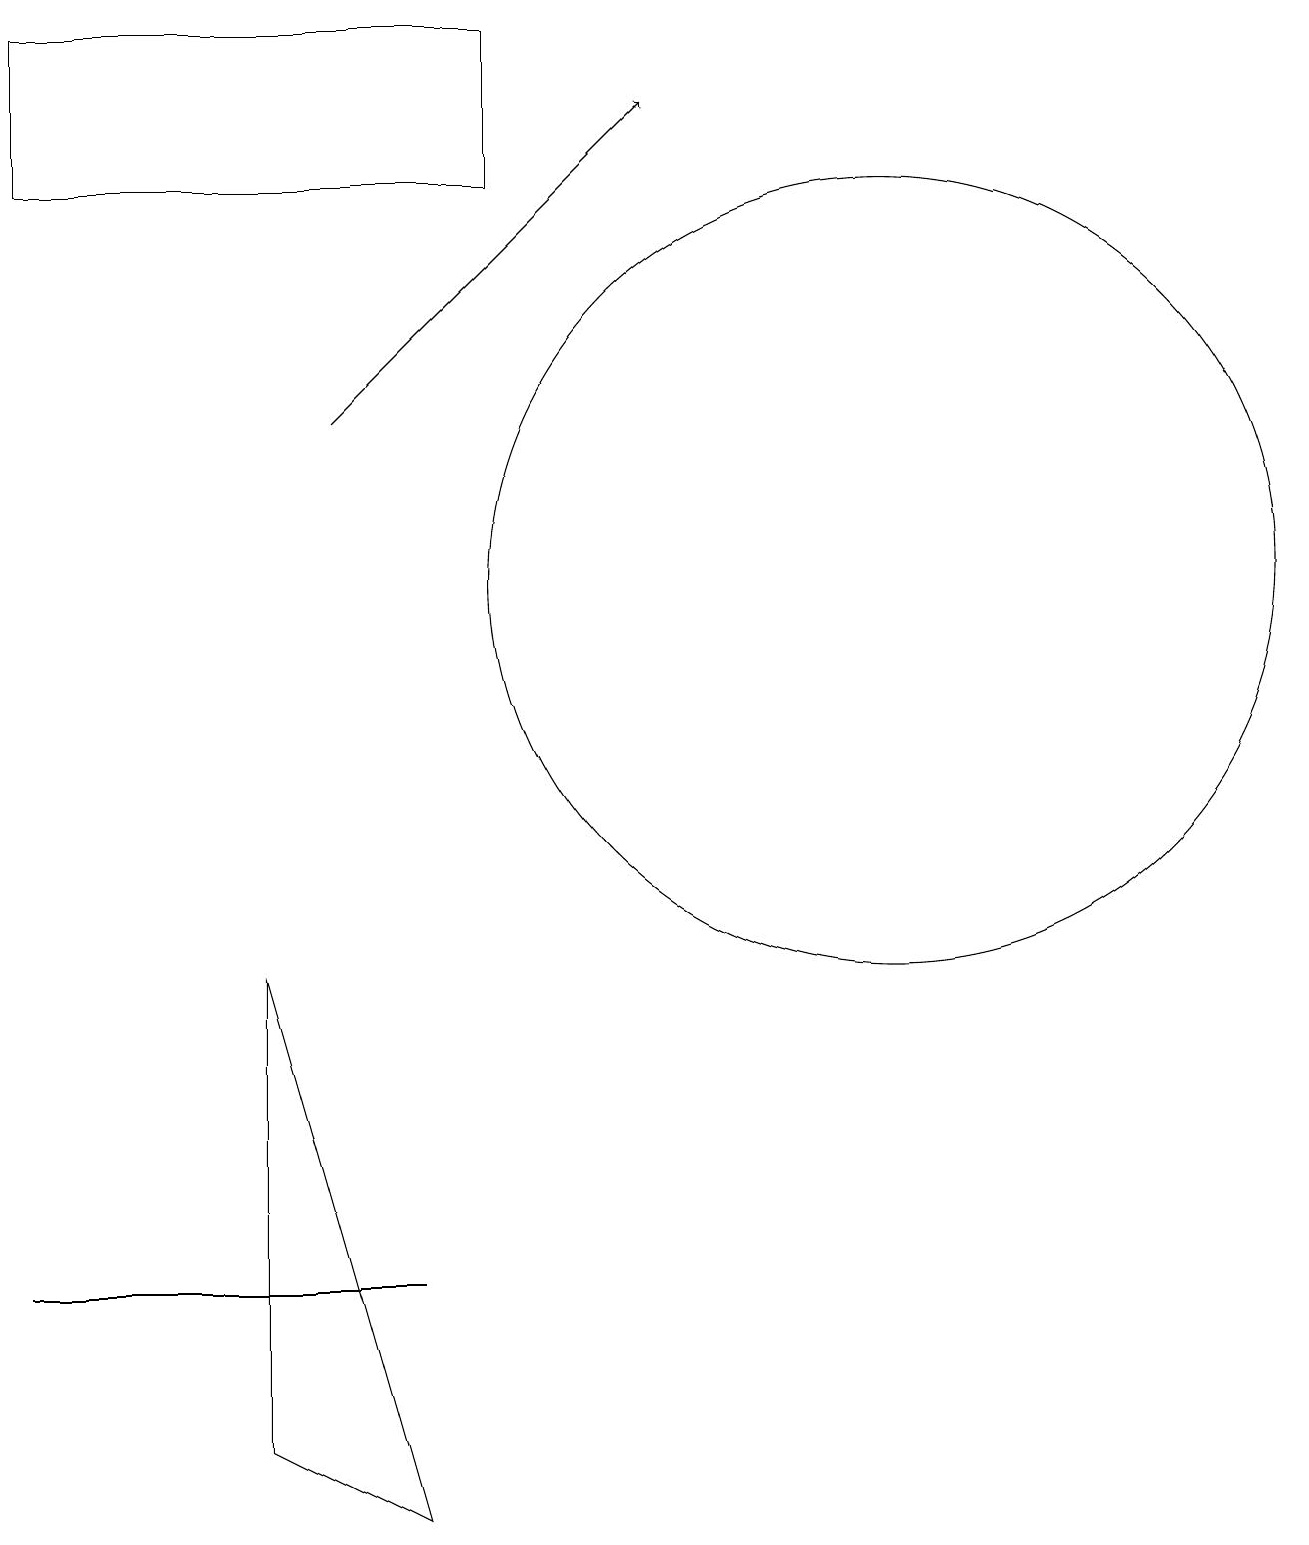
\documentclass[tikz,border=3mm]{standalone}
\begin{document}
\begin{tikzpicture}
\draw (4,3) -- (5,3) -- (0,3) -- cycle;
\draw (11,12) circle (5);
\draw (5,0) -- (3,7) -- (3,1) -- cycle;
\draw[->] (4,14) -- (8,18);
\draw (0,17) rectangle (6,19);
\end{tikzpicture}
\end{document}